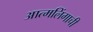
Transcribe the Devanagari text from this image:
आत्मलिंगाची